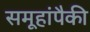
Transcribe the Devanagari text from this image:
समूहांपैकी